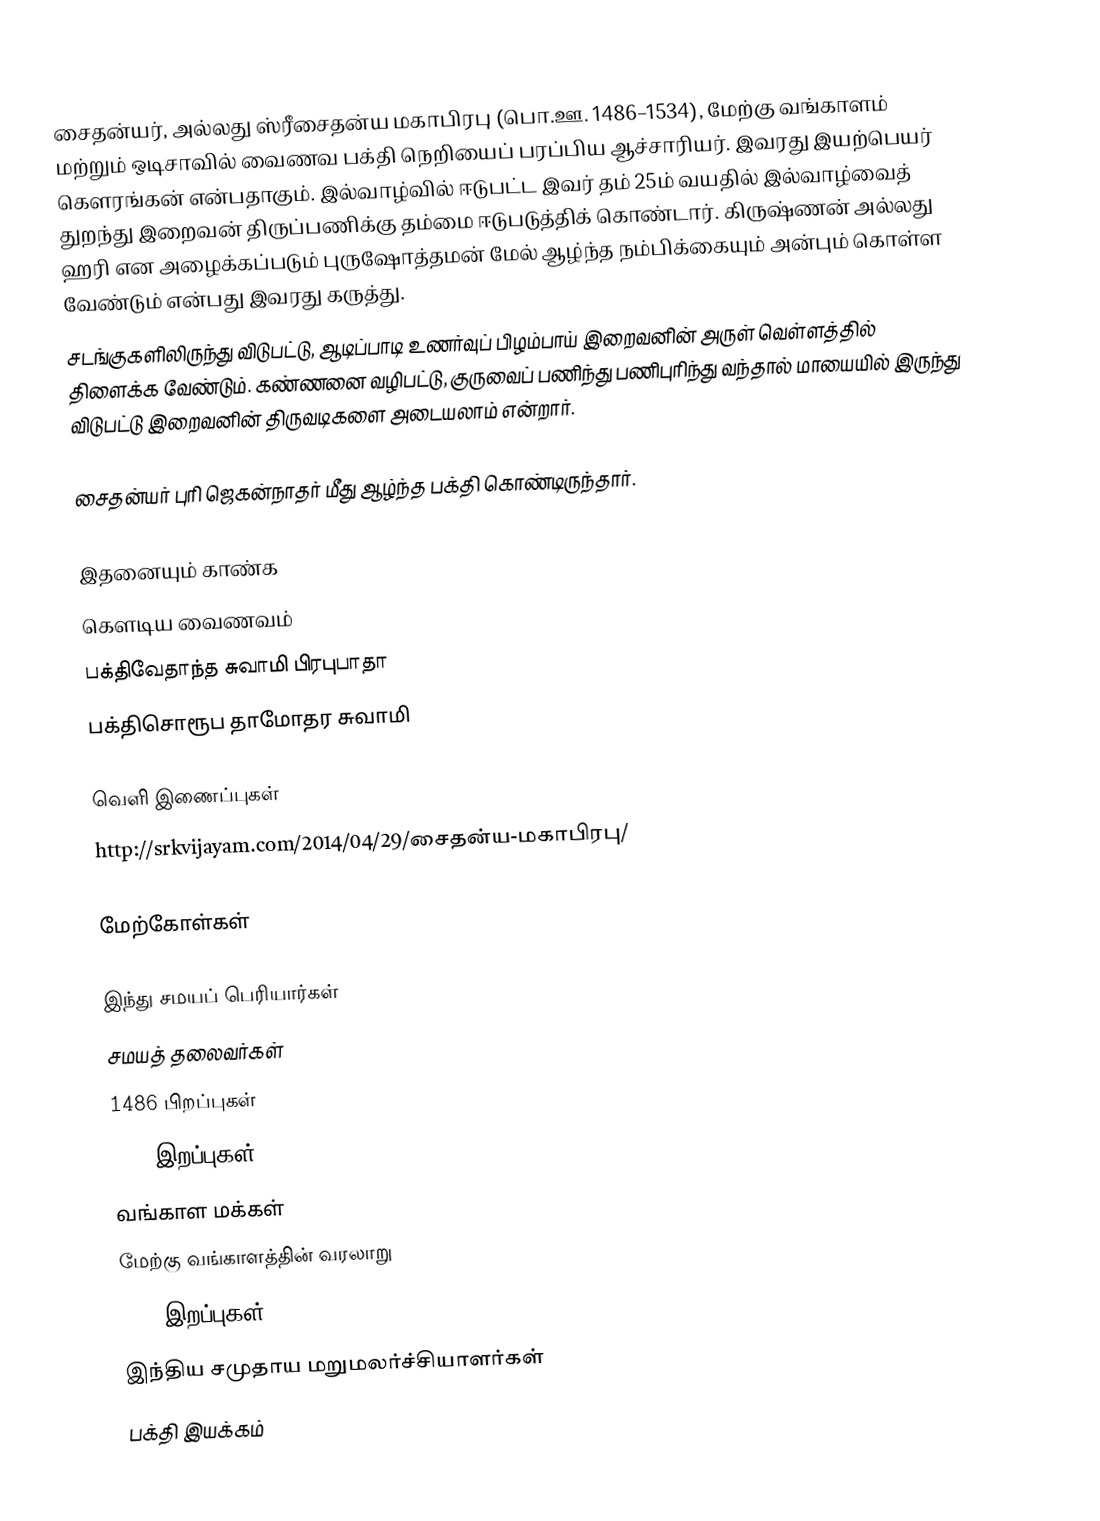
சைதன்யர், அல்லது ஸ்ரீசைதன்ய மகாபிரபு (பொ.ஊ. 1486–1534), மேற்கு வங்காளம் மற்றும் ஒடிசாவில் வைணவ பக்தி நெறியைப் பரப்பிய ஆச்சாரியர். இவரது  இயற்பெயர் கௌரங்கன் என்பதாகும். இல்வாழ்வில் ஈடுபட்ட இவர் தம் 25ம் வயதில் இல்வாழ்வைத்  துறந்து இறைவன் திருப்பணிக்கு தம்மை ஈடுபடுத்திக் கொண்டார். கிருஷ்ணன் அல்லது ஹரி என அழைக்கப்படும் புருஷோத்தமன் மேல் ஆழ்ந்த நம்பிக்கையும் அன்பும் கொள்ள வேண்டும் என்பது இவரது கருத்து.
சடங்குகளிலிருந்து விடுபட்டு, ஆடிப்பாடி உணர்வுப் பிழம்பாய் இறைவனின் அருள் வெள்ளத்தில் திளைக்க வேண்டும். கண்ணனை வழிபட்டு, குருவைப் பணிந்து பணிபுரிந்து வந்தால் மாயையில் இருந்து விடுபட்டு இறைவனின் திருவடிகளை அடையலாம் என்றார்.

சைதன்யர் புரி ஜெகன்நாதர் மீது ஆழ்ந்த பக்தி கொண்டிருந்தார்.

இதனையும் காண்க
 கௌடிய வைணவம்
 பக்திவேதாந்த சுவாமி பிரபுபாதா
 பக்திசொரூப தாமோதர சுவாமி

வெளி இணைப்புகள்
http://srkvijayam.com/2014/04/29/சைதன்ய-மகாபிரபு/

மேற்கோள்கள்

இந்து சமயப் பெரியார்கள்
சமயத் தலைவர்கள்
1486 பிறப்புகள்
1534 இறப்புகள்
வங்காள மக்கள்
மேற்கு வங்காளத்தின் வரலாறு
1533 இறப்புகள்
இந்திய சமுதாய மறுமலர்ச்சியாளர்கள்
பக்தி இயக்கம்